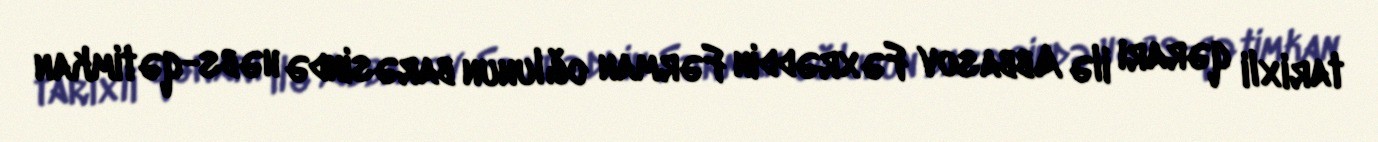
tarixli qərarı ilə Abbasov Fəxrəddin Fərman oğlunun barəsində həbs-qətimkan